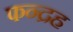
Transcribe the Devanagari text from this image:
फन्द्रह